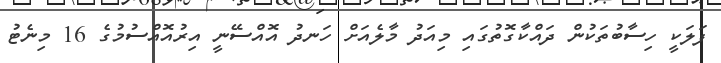
ފަލަކީ ހިސާބުތަކުން ދައްކާގޮތުގައި މިއަދު މާލެއަށް ހަނދު އޮއްސޭނީ އިރުއޮއްސުމުގެ 16 މިނެޓު